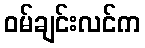
ဝမ်ချင်းလင်က